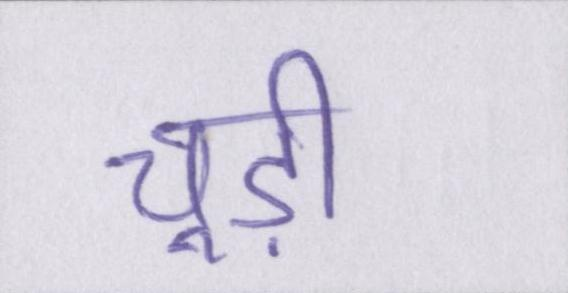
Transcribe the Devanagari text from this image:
चूड़ी